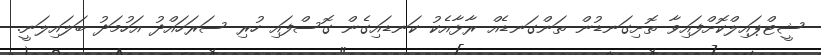
ޝީޓްޕައިލްކޮށްފައިވާ ތޮށިގަނޑުން ތަންގަނޑެއް ރާޅާއެކު ކަނޑައިގެން ގޮސްފައި ހުރި ސަރަހައްދު އަހުމަދު ބަލައިލަނީ.